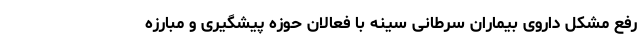
رفع مشکل داروی بیماران سرطانی سینه با فعالان حوزه پیشگیری و مبارزه